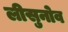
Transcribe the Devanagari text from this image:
लीसुनोव